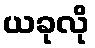
ယခုလို